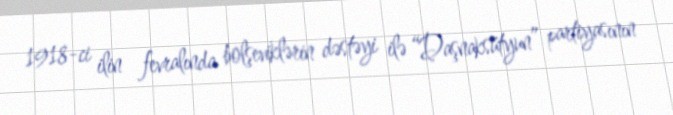
1918-ci ilin fevralında bolşeviklərin dəstəyi ilə “Daşnaksütyun” partiyasının